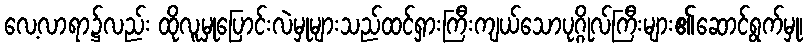
လေ့လာရာ၌လည်း ထိုလူမှုပြောင်းလဲမှုများသည်ထင်ရှားကြီးကျယ်သောပုဂ္ဂိုလ်ကြီးများ၏ဆောင်ရွက်မှု၊